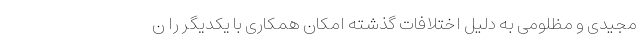
مجیدی و مظلومی به دلیل اختلافات گذشته امکان همکاری با یکدیگر را ن